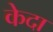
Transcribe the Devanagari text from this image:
केदा